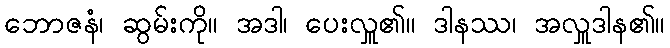
ဘောဇနံ၊ ဆွမ်းကို။ အဒါ၊ ပေးလှူ၏။ ဒါနဿ၊ အလှူဒါန၏။